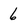
Character: 6